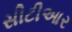
સીટીઆર